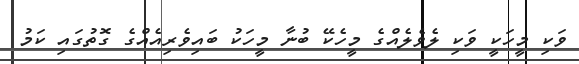
ވަކި މީހަކީ ވަކި ލެވެލެއްގެ މީހެކޭ ބުނާ މީހަކު ބައިވެރިއެއްގެ ގޮތުގައި ކަމު